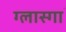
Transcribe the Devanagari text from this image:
ग्लास्गाॅ